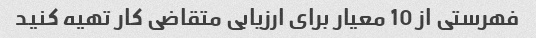
فهرستی از 10 معیار برای ارزیابی متقاضی کار تهیه کنید